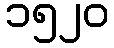
၁၅၂၀